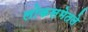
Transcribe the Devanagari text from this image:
लोकसभेतले